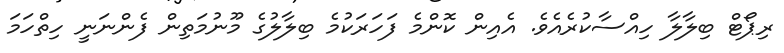
ރިޕޯޓް ބިލާލާ ހިއްސާކުރެއެވެ. އެއިން ކޮންމެ ފަހަރަކުމެ ބިލާލުގެ މޫނުމަތިން ފެންނަނީ ހިތްހަމަ